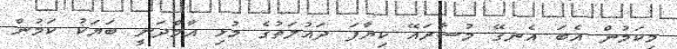
މިކަމުން އެބަ އެނގޭ މުސާރައޭ ކިޔާފަ ދައުލަތުގެ މުޅި އާމްދަނީ ބަޔަކު ކަމުން